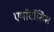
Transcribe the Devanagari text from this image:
एपॉटॉसिस